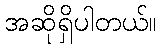
အဆိုရှိပါတယ်။